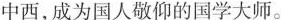
中西，成为国人敬仰的国学大师。